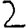
Digit: 2